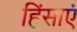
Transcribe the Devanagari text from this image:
हिंसाएं